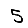
Digit: 5